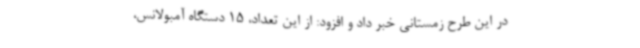
در این طرح زمستانی خبر داد و افزود: از این تعداد، 15 دستگاه آمبولانس،